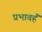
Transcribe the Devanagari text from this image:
प्रभावहैं